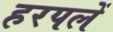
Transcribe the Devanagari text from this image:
हरपलें